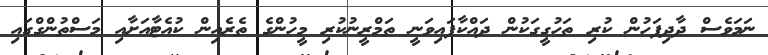
ނަމަވެސް ދާދިފަހުން ކުރި ތަހުގީގަކުން ދައްކާފައިވަނީ ތަމްރީނުކުރި މީހުންގެ ތެރެއިން ކުއެޓާއަށާއި މަސްތުންގްގައި